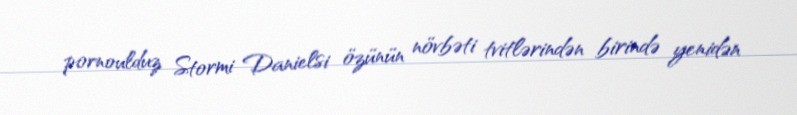
pornoulduz Stormi Danielsi özünün növbəti tvitlərindən birində yenidən